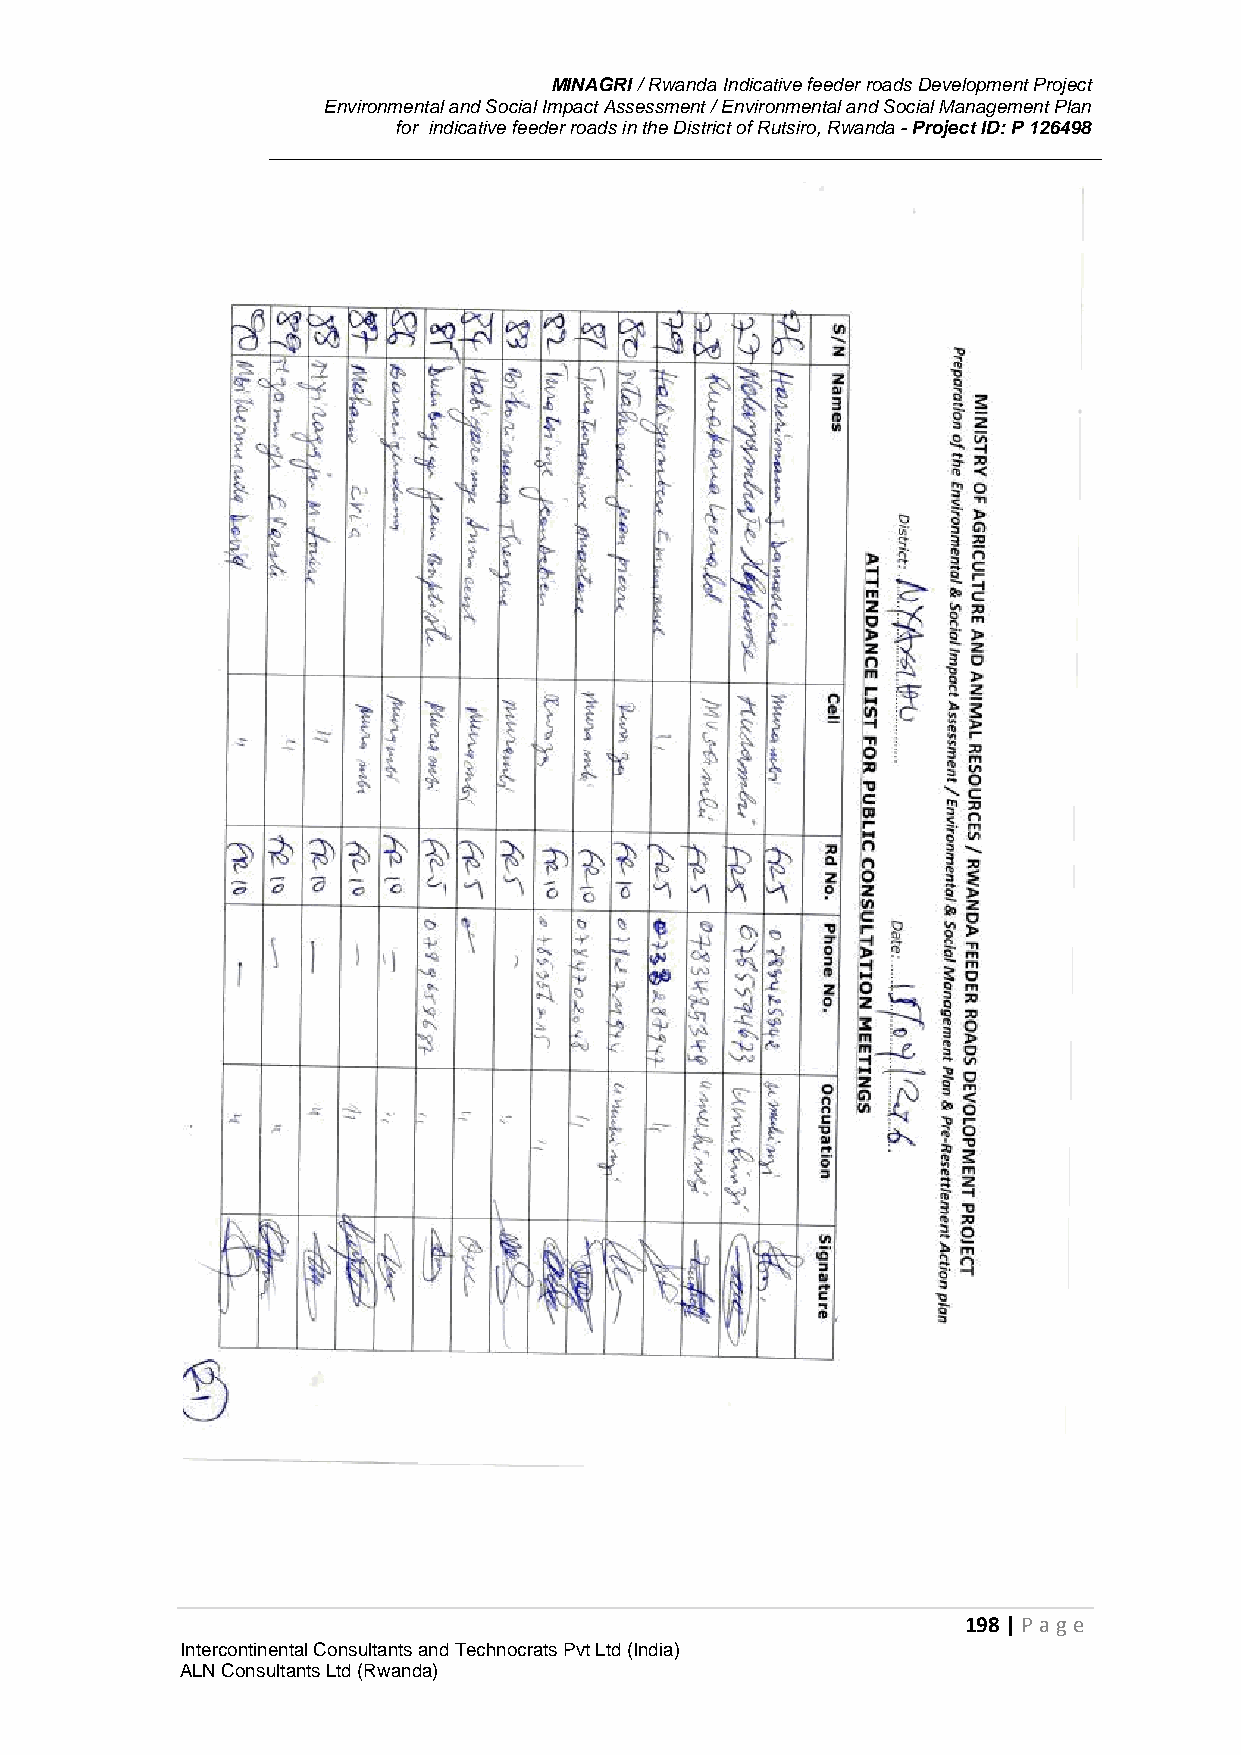
MINAGRI / Rwanda Indicative feeder roads Development Project
 Environmental and Social Impact Assessment / Environmental and Social Management Plan
 for indicative feeder roads in the District of Rutsiro, Rwanda - Project ID: P 126498
 198 | P age
 Intercontinental Consultants and Technocrats Pvt Ltd (India)
 ALN Consultants Ltd (Rwanda)